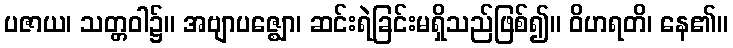
ပဇာယ၊ သတ္တဝါ၌။ အဗျာပဇ္ဈော၊ ဆင်းရဲခြင်းမရှိသည်ဖြစ်၍။ ဝိဟရတိ၊ နေ၏။